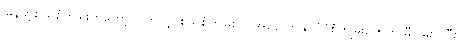
မြန်မာ့စွယ်စုံကျမ်းကိုတော့ ဗြိတိသျှ စွယ်စုံကျမ်းလို အနောက်နိုင်ငံပုံစံကျမ်းတွေကို မှီငြမ်းပြုပြီး